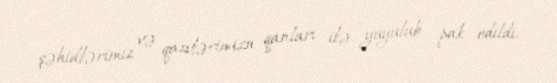
şəhidlərimiz və qazilərimizn qanları ilə yuyulub pak edildi.